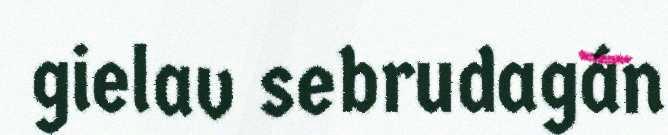
gielav sebrudagán